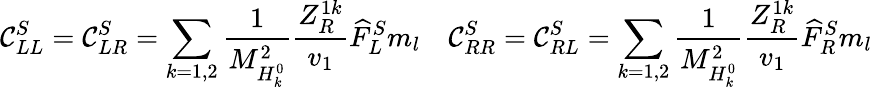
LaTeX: \mathcal{C}_{LL}^{S}=\mathcal{C}_{LR}^{S}=\sum_{k=1,2}{\frac{{1}}{{M_{H_{k}^{0}}^{2}}}}{\frac{{Z_{R}^{1k}}}{{v_{1}}}}\widehat{{F}}_{L}^{S}m_{l}~~~~\mathcal{C}_{RR}^{S}=\mathcal{C}_{RL}^{S}=\sum_{k=1,2}{\frac{{1}}{{M_{H_{k}^{0}}^{2}}}}{\frac{{Z_{R}^{1k}}}{{v_{1}}}}\widehat{{F}}_{R}^{S}m_{l}